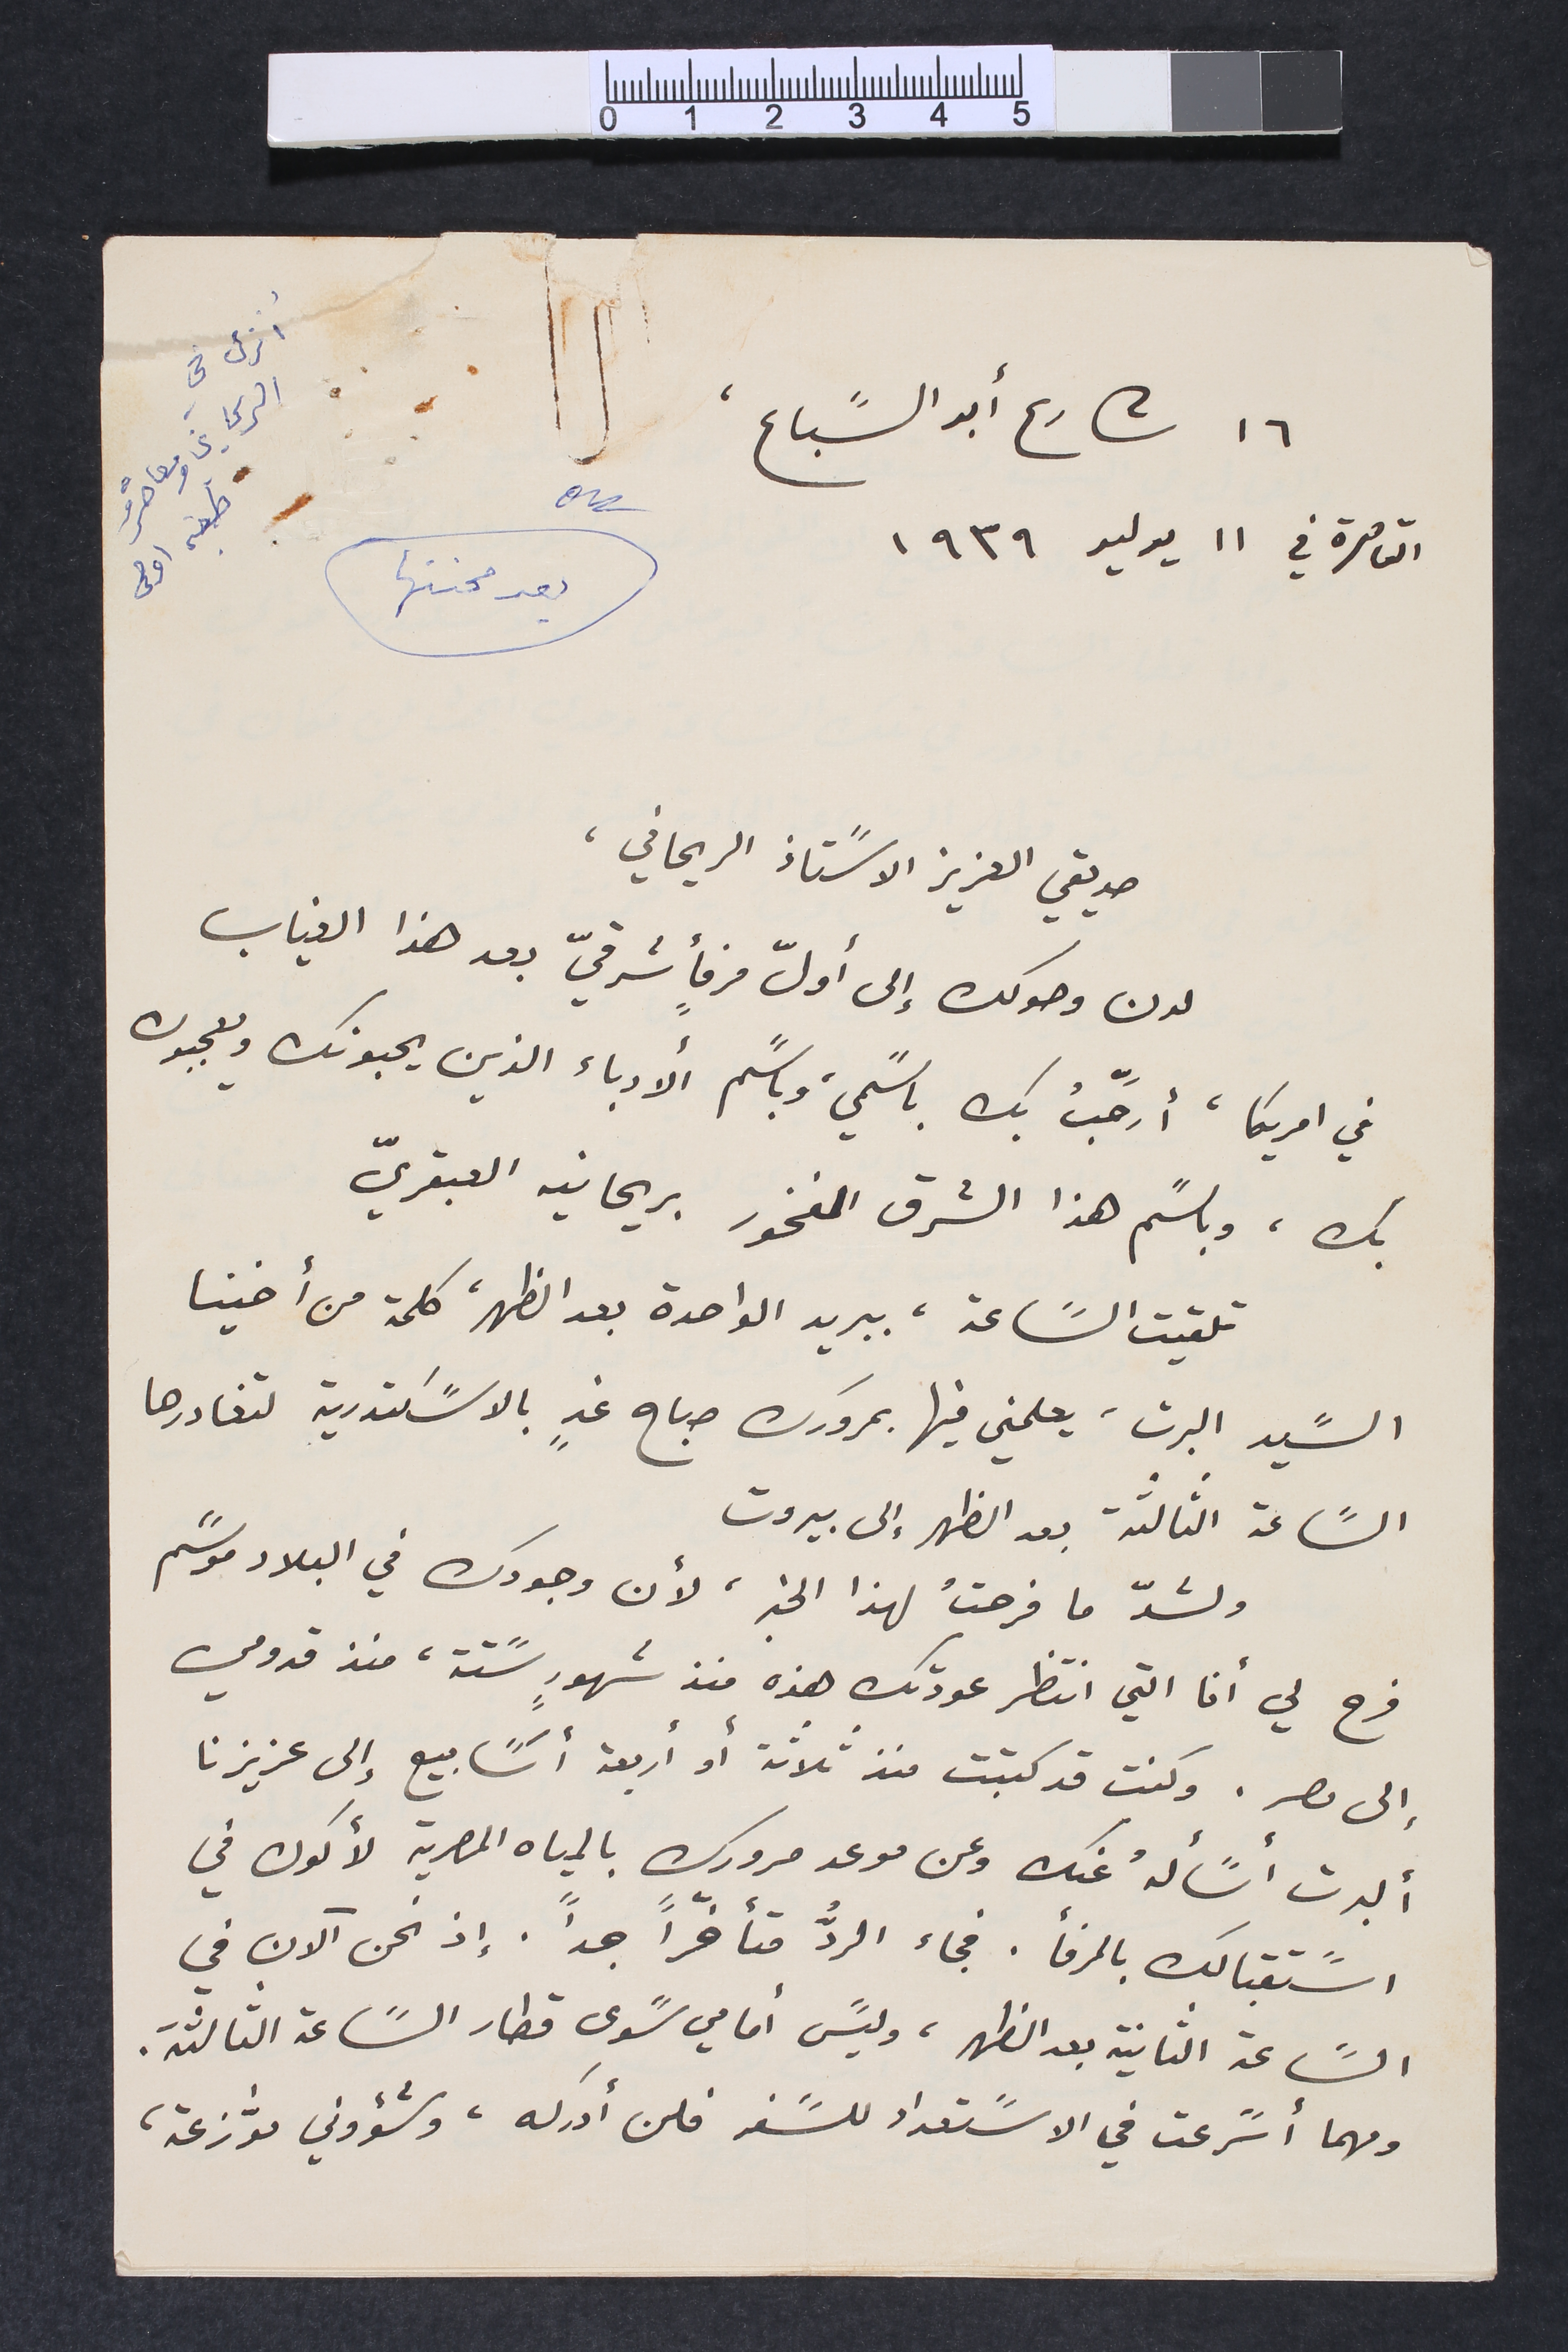
١٦ شارع أبو السًباع،
القاهرة في ١١ يوليو ١٩٣٩
أنزل في الريحاني ومعاصرُه طبعة اولى		بعد محنتها
صديقي العزيز الاسًتاذ الريحاني،
لدن وصولك إلى أولّ مرفأ شرقيّ بعد هذا الغياب
في امريكا، أرَحّبُ بك باسًمي، وباسًم الأدباء الذين يحبونك ويعجبون
بك، وباسًم هذا الشرق المفخور بريحانيه العبقريّ
تلقيت السًاعة، ببريد الواحدة بعد الظهر، كلمة من أخينا
السًيد البرت، يعلمني فيها بمرورك صباح غدٍ بالاسًكندرية لتغادرها
السًاعة الثالثة بعد الظهر إلى بيروت
ولشدّ ما فرحتُ لهذا الخبر، لأن وجودك في البلاد موسًم
فرح لي أنا التي انتظر عودتك هذه منذ شهورٍ سًتة، منذ قدومي
إلى مصر. وكنت قد كتبت منذ ثلاثة أو أربعة أسًابيع إلى عزيزنا
ألبرت أسًألهُ عنك وعن موعد مرورك بالمياه المصرية لأكون في
اسًتقبالك بالمرفأ. فجاء الردُّ متأخّراً جداً. إذ نحن آلان في
السًاعة الثانية بعد الظهر، وليسً أمامي سًوى قطار السًاعة الثالثة.
ومهما أسًرعت في الاسًتعداد للسًفر فلن أدركه، وشؤوني موﱣزعة،